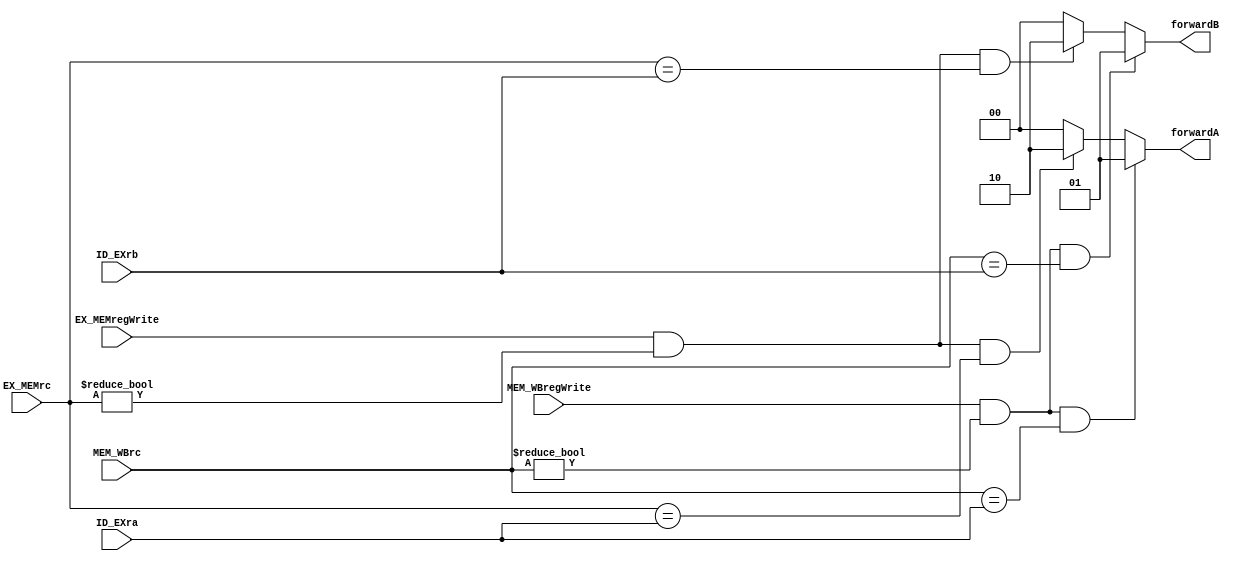
module ForwardingUnit(EX_MEMregWrite, MEM_WBregWrite, EX_MEMrc, MEM_WBrc, ID_EXra, ID_EXrb, forwardA, forwardB);
	input EX_MEMregWrite, MEM_WBregWrite;
	input [4:0] EX_MEMrc, MEM_WBrc, ID_EXra, ID_EXrb;
	output reg [1:0] forwardA, forwardB;

	// Forward A
	always@(EX_MEMregWrite or MEM_WBregWrite or EX_MEMrc or MEM_WBrc or ID_EXra or ID_EXrb) begin
		if (MEM_WBregWrite == 1 && MEM_WBrc != 0 && MEM_WBrc == ID_EXra /*&& 
		!(EX_MEMregWrite == 1 && EX_MEMrc != 0 && EX_MEMrc != ID_EXra)*/) begin
			forwardA = 2'b01;
		end else if (EX_MEMregWrite == 1 && EX_MEMrc != 0 && EX_MEMrc == ID_EXra) begin
			forwardA = 2'b10;
		end else begin
			forwardA = 2'b00;
		end
	end
	
	// Forward B
	always@(EX_MEMregWrite or MEM_WBregWrite or EX_MEMrc or MEM_WBrc or ID_EXrb) begin
		if (MEM_WBregWrite == 1 && MEM_WBrc != 0 && MEM_WBrc == ID_EXrb/*&& 
			!(EX_MEMregWrite == 1 && EX_MEMrc != 0 && EX_MEMrc != ID_EXrb)*/) begin
			forwardB = 2'b01;
		end else if (EX_MEMregWrite == 1 && EX_MEMrc != 0 && EX_MEMrc == ID_EXrb) begin
			forwardB = 2'b10;
		end else begin
			forwardB = 2'b00;
		end
	end
endmodule